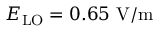
E _ { \mathrm { L O } } = 0 . 6 5 ~ \mathrm { V / m }